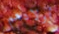
أولادهم